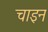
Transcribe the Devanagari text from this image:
चाइन